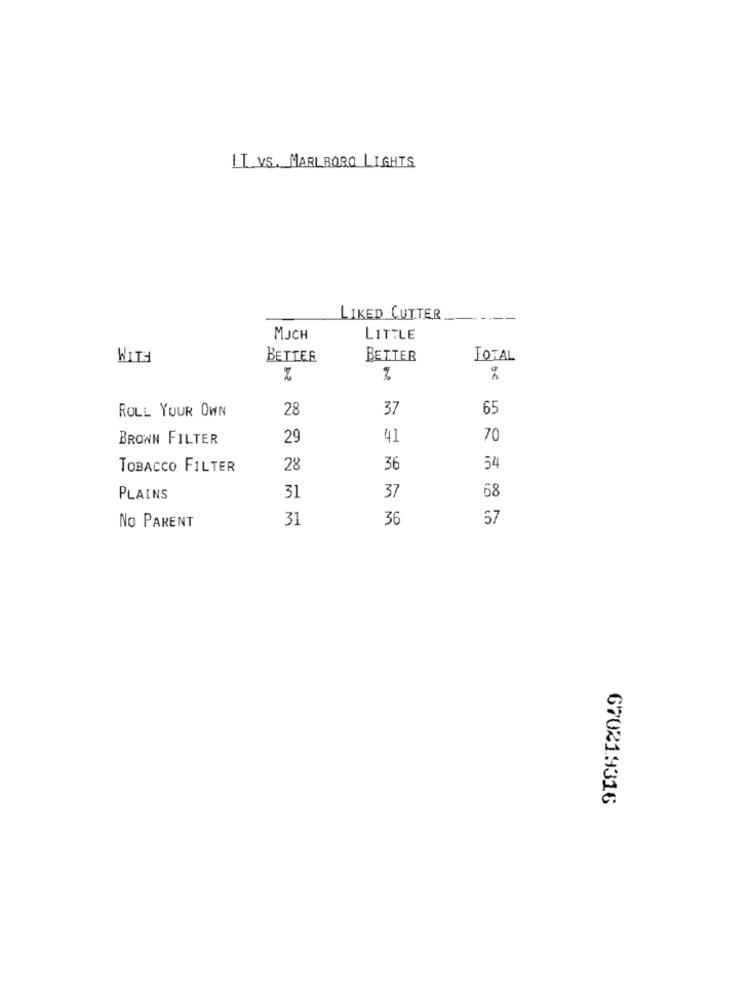
IL VS. MARLBORO LIGHTS
LIKED CUTTER
MJCH
LITTLE
WITH
BETTER
BETTER
TOTAL
%
%
%
ROLL YOUR OWN
28
37
65
BROWN FILTER
29
41
70
TOBACCO FILTER
28
36
54
PLAINS
31
37
68
31
36
57
No PARENT
67021.9316